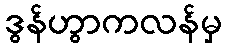
ဒွန်ဟွာကလန်မှ